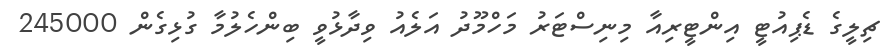
ޗިލީގެ ޑެޕިއުޓީ އިންޓީރިއާ މިނިސްޓަރު މަހްމޫދު އަލެއު ވިދާޅުވީ ބިންހެލުމާ ގުޅިގެން 245000